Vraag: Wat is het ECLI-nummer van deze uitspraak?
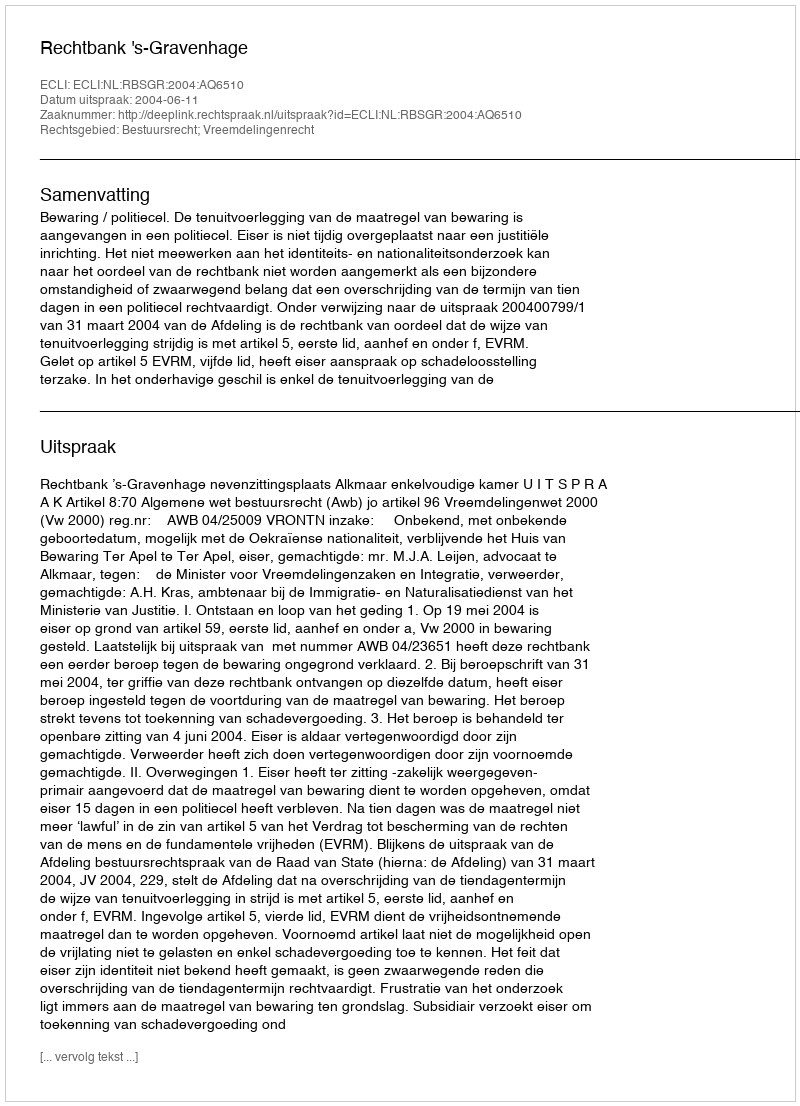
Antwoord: ECLI:NL:RBSGR:2004:AQ6510